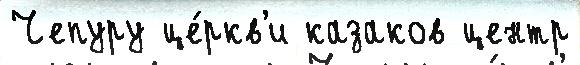
Чепуру це́ркв'и казаков центр